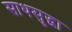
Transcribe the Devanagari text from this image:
साथसुद्धा